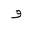
Letter: _waw